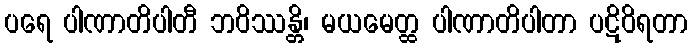
ပရေ ပါဏာတိပါတီ ဘဝိဿန္တိ၊ မယမေတ္ထ ပါဏာတိပါတာ ပဋိဝိရတာ